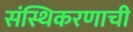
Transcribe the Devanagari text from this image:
संस्थिकरणाची